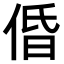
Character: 𠉣